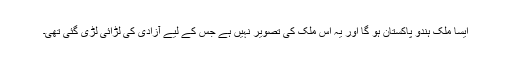
ایسا ملک ہندو پاکستان ہو گا اور یہ اس ملک کی تصویر نہیں ہے جس کے لیے آزادی کی لڑائی لڑی گئی تھی۔